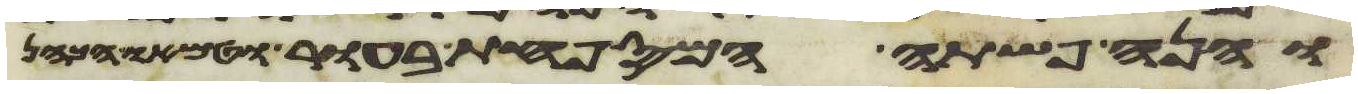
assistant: והנה פשתה המספחת בעור וטמאו הכהן